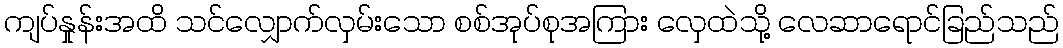
ကျပ်နှုန်းအထိ သင်လျှောက်လှမ်းသော စစ်အုပ်စုအကြား လှေထဲသို့ လေဆာရောင်ခြည်သည်